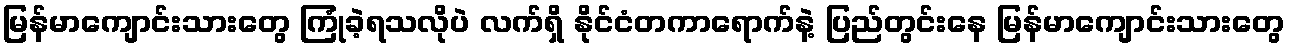
မြန်မာကျောင်းသားတွေ ကြုံခဲ့ရသလိုပဲ လက်ရှိ နိုင်ငံတကာရောက်နဲ့ ပြည်တွင်းနေ မြန်မာကျောင်းသားတွေ